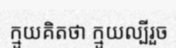
ក្មួយគិតថា ក្មួយល្បីរួច